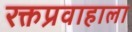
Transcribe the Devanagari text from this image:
रक्तप्रवाहाला